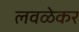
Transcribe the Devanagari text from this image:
लवळेकर